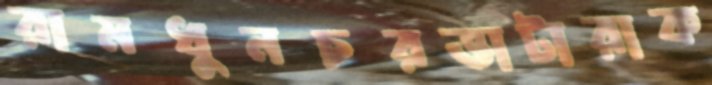
রামধুনচরভাটারাক